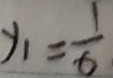
y _ { 1 } = \frac { 1 } { 6 }